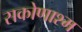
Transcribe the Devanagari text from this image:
सकोणाश्म